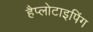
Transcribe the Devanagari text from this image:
हैप्लोटाइपिंग